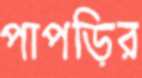
পাপড়ির